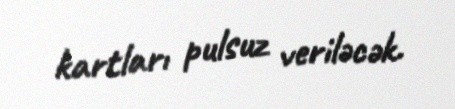
kartları pulsuz veriləcək.